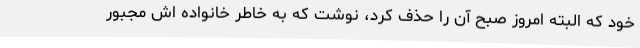
خود که البته امروز صبح آن را حذف کرد، نوشت که به خاطر خانواده اش مجبور